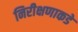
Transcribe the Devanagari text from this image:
निरीक्षणाकडे